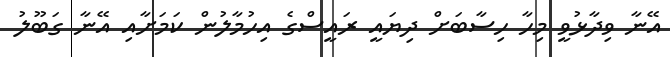
އޭނާ ވިދާޅުވީ މިހާ ހިސާބަށް ދިޔައީ ރައީސްގެ އިހުމާލުން ކަމަށާއި އޭނާ ގަބޫލު